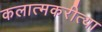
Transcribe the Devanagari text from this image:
कलात्मकरीत्या